Vaccination report Assam 1874-1896 - 1874-1896
Year: 1874
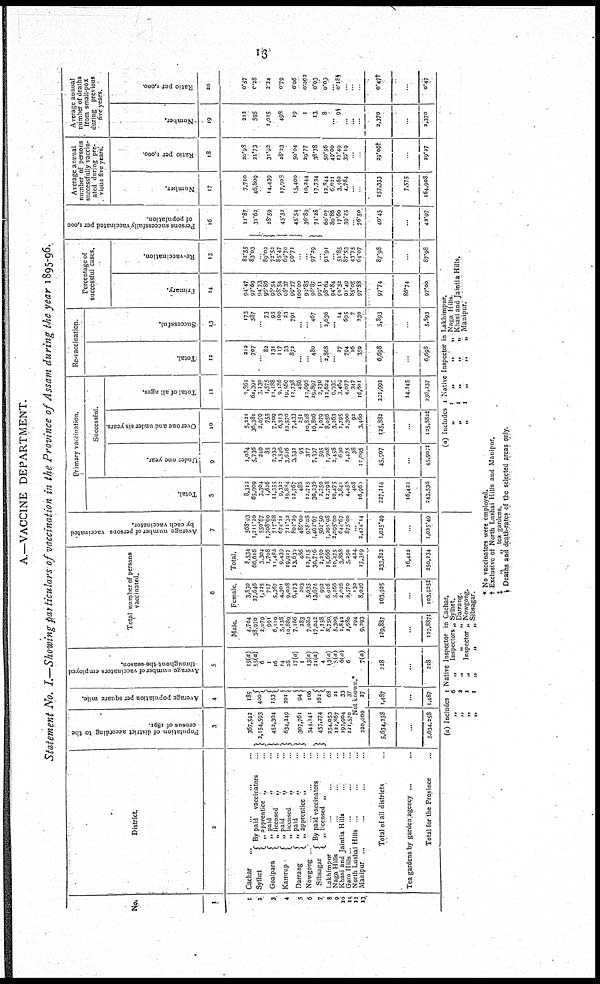
13
A.—VACCINE DEPARTMENT.
Statement No. I.—Showing particulars of vaccination in the Province of Assam during the year 1895-96.
No.
1
1
2
3
4
5
6
7
8
9
10
11
12
13
District
2
Cachar... .. .. ..
Sylhet
Goalpara
Kamrup
Darrang
By paid vaccinators ..
„ apprentice „ ..
„ paid
„ ..
„ licensed
„ ..
„ paid
„ ..
„ licensed „ ..
„ Paid
„ ..
„ apprentice „ ..
Nowgong .. .. ..
Sibsagar
By paid vaccinators ..
„ licensed „ ..
Lakhimpur .. .. .. ..
Naga Hills .. .. .. ..
Khasi and Jaintia Hills .. .. .. ..
Garo Hills . .. .. .. ..
North Lushai Hills .. .. ..
Manipur ... .. ..
Total of all districts ...
Tea gardens by garden agency ... ...
Total for the Province ...
Popul a t
i
on of di st r i ct a c c o r d i n g to the
census of 1891.
3
367,542
2,154,593
452,304
634,240
307,761
344,141
457,274
354.053
122,867
197,904
121,570
Ave r
a ge population per square mile.
4
185
400
153
201
94
106
162
68
21
33
37
Average number of vaccinators employed
throughout-the-season.
5
15(a)
55(a)
6
1
16
14
28
17(a)
1
13(a)
21(a)
4
13(a)
5(a)
6(a)
6
Not known.*
220,000
5,634,258
...
5,634,258
27
1,487
...
1,487
7(a)
228
...
228
Total number of persons
vaccinated.
6
Male.
4,704
38,970
2,079
991
6,119
5,138
10,889
7,166
283
7,080
17,042
1,358
8,750
5,309
1,842
2,680
294
9,293
129,887
...
129,887‡
Female.
3,830
27,646
1,225
717
5,367
4,301
9,028
6,473
203
5,635
13,674
992
6,916
3,166
2,026
2,570
130
8,026
103,925
...
103,925‡
Total.
8,534
66,616
3,304
1,708
11,486
9,439
19,917
13,639
486
12,715
30,716
2,250
15,666
10,475
3,868
5,250
424
17,319
233,812
16,422
250,234
Ave r
a ge number of persons vaccinated
by each vaccinator.
7
568.93
1,211.20
550.67
1,708.00
717.88
674.21
711.32
802.29
486.00
978.08
1,462.67
562.50
1,205.08
2,095.00
644.67
875.00
..
2,474.14
1,025.49
...
1,025.49
Primary vaccination.
Tot al .
8
8,323
65,909
3,304
1,626
11,355
9,322
19,884 12,767
485
12,715
30,236
2,250
12,798
10,475
3,841
4,456
408
16,960
227,114
16,422
243,536
Successful.
Under one year.
9
1,084
5,736
240
85
2,930
1,546
3,626
3,532
95
377
7,397
595
1,008
2,458
690
1,475
38
12,095
45,907
...
45,907‡
Over one and under six years
10
5,221
36,381
2,070
755
7,209
6,313
12,570
7,433
251
10,828
16,806
1,079
8,056
3,263
1,795
2,300
92
3,460
125,882
...
125,882‡
Tot al of al l ages.
11
7,862
64,391
3,130
1,575
11,188
9,186
19,560 12,738
486
12,695
29,897
2,230
12,624
9,935
3,469
4,077
347
16,601
221,992
14,245
236,237
Re-vaccination.
Tot al .
12
212
707
..
82
131
117
33
872
...
...
480
..
2,868
...
27
794
16
359
6,698
...
6,698
Succes s f
ul .
13
175
587
..
73
95
100
23
791
...
...
467
2,636
... 14
695
7
230
5,893
...
5,893
Percentage of
successful cases.
Pr i
mar y.
14
94.47
97.69
94.73
96.86
98.54
98.54
98.37
99.77
100.00
99.85
98.87
99.11 98.64
94.84
90.32
91.49
85.05
97.38
97.74
86.74
97.00
Re -
va c c i
na t
i
on.
15
82.55
83.03
..
89.02
72.52
85.47
69.70 90.71
..
..
97.29
..
91.91
...
51.85
87.53
43.75
64.07
87.98
...
87.98
Per s ons s u c c e s s f u l l y v a c c i n a t e d per 1, 000
of population.
16
21.87
31.62
28.59
45.52
45.54
36.89
71.28
60.07
80.86
17.60
39.25
...
76.50
40.45
...
42.97
Average annual
number of persons
successfully vaccin-
ated during pre-
vious five years.
Numbe r
.
17
7,710
46,809
14,439
17,908
15,400
10,244
17,734
12,844
6,021
3,462
4,764
...
...
157,333
7,575
164,908
Rat i
o per 1, 000.
18
20.98
21.73
31.92
28.23
50.04
29.77
38.78
50.56
49.00
17.49
39.19
...
...
29.06†
...
29.27
Average annual
number of deaths
from small-pox
during previous
five years.
Numbe r
.
19
212
595
1,015
498
19
1
13
8
...
9§
...
...
...
2,370
...
2,370
Rat i o per 1,000.
20
0.57
0.28
2.24
0.79
0.06
0.002
0.03
0.03
...
0.18§
...
...
...
0.47†
...
0.47
(a) Includes 1 Native Inspector in Cachar.
„6
„
Inspectors „ Sylhet.
„
2
„
„
„ Darrang.
„
1
„
Inspector „ Nowgong.,
„ 1 „ „ „ Sibsagar.
(a) Includes 1 Native Inspector in Lakhimpur.
„
1
„
„
„ Naga Hills.
„
1
„
„
„
Khasi and Jaintia Hills.
„
1
„
„
„ Manipur.
* No vaccinators were employed.
† Exclusive of North Lushai Hills and Manipur.
‡
„
„ tea gardens.
§ Deaths and death-rates of the selected areas only.